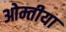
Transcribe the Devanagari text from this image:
ओम्तीया